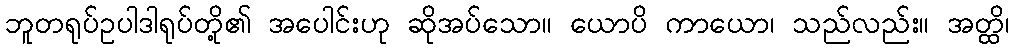
ဘူတရုပ်ဥပါဒါရုပ်တို့၏ အပေါင်းဟု ဆိုအပ်သော။ ယောပိ ကာယော၊ သည်လည်း။ အတ္ထိ၊